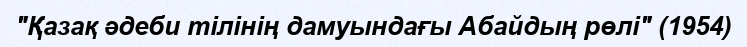
"Қазақ әдеби тілінің дамуындағы Абайдың рөлі" (1954)